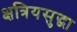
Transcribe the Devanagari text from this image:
क्षत्रियसुद्धा